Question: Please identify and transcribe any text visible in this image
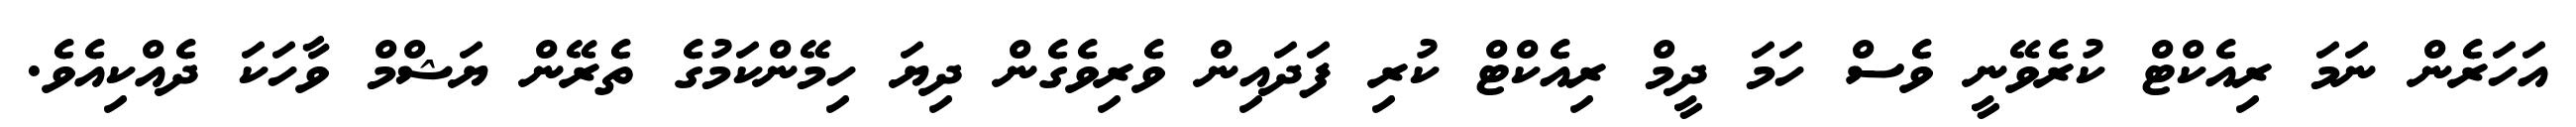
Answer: އަހަރެން ނަމަ ރިއެކްޓް ކުރެވޭނީ ވެސް ހަމަ ދީމް ރިއެކްޓް ކުރި ފަދައިން ވެރިވެގެން ދިޔަ ހިމޭންކަމުގެ ތެރޭން ޔަޝްމް ވާހަކަ ދެއްކިއެވެ.